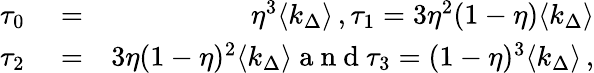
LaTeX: \begin{array}{rlr}{\tau_{0}}&{{}=}&{\eta^{3}\langle k_{\Delta}\rangle\, ,\tau_{1}=3\eta^{2}(1-\eta)\langle k_{\Delta}\rangle}\\ {\tau_{2}}&{{}=}&{3\eta(1-\eta)^{2}\langle k_{\Delta}\rangle\mathrm{~a~n~d~}\tau_{3}=(1-\eta)^{3}\langle k_{\Delta}\rangle\, ,}\end{array}